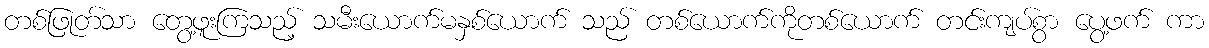
တစ်ဖြုတ်သာ တွေ့ဖူးကြသည့် သမီးယောက်မနှစ်ယောက် သည် တစ်ယောက်ကိုတစ်ယောက် တင်းကျပ်စွာ ပွေ့ဖက် ကာ